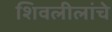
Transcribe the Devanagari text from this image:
शिवलीलांचे